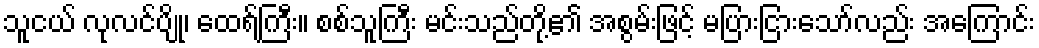
သူငယ် လုလင်ပျို၊ ထေရ်ကြီး။ စစ်သူကြီး မင်းသည်တို့၏ အစွမ်းဖြင့် မပြားငြားသော်လည်း အကြောင်း